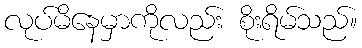
လုပ်မိနေမှာကိုလည်း စိုးရိမ်သည်။